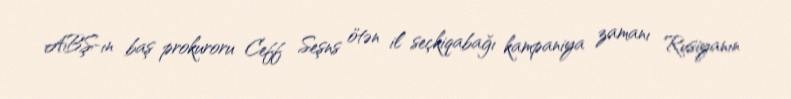
ABŞ-ın baş prokuroru Ceff Seşns ötən il seçkiqabağı kampaniya zamanı Rusiyanın